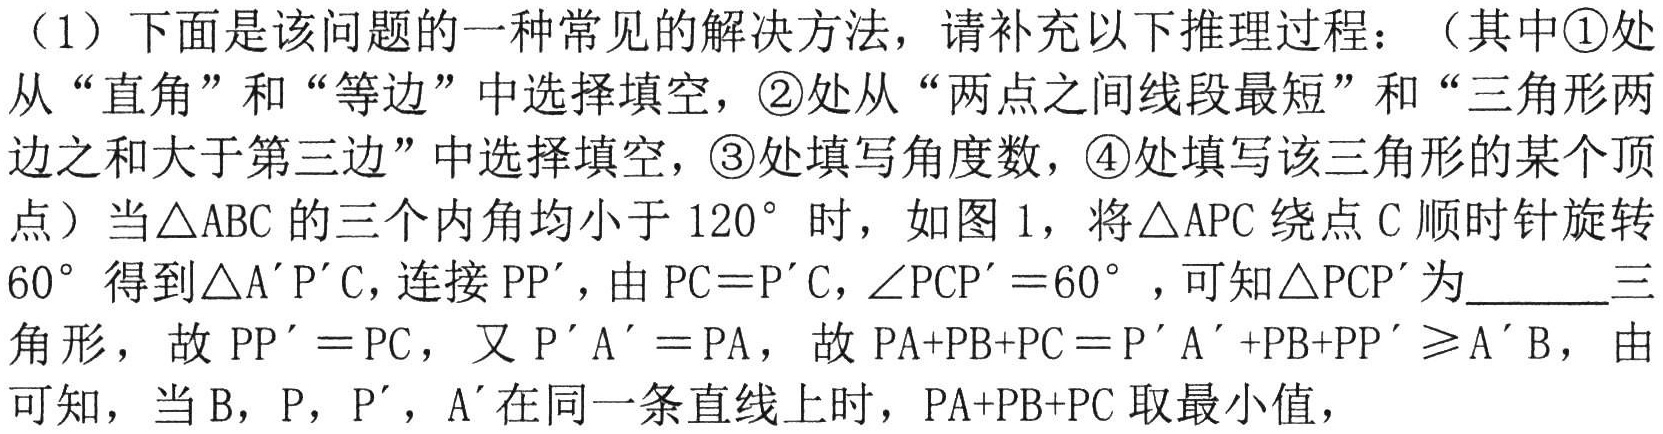
（1）下面是该问题的一种常见的解决方法，请补充以下推理过程：（其中\textcircled{1}处从“直角”和“等边”中选择填空，\textcircled{2}处从“两点之间线段最短”和“三角形两边之和大于第三边”中选择填空，\textcircled{3}处填写角度数，\textcircled{4}处填写该三角形的某个顶点）当\(\triangle ABC\)的三个内角均小于\(120^{\circ}\)时，如图1，将\(\triangle APC\)绕点\(C\)顺时针旋转\(60^{\circ}\)得到\(\triangle A'P'C\)，连接\(PP'\)，由\(PC = P'C\)，\(\angle PCP' = 60^{\circ}\)，可知\(\triangle PCP'\)为  三 角形，故\(PP' = PC\)，又\(P'A' = PA\)，故\(PA + PB + PC = P'A' + PB + PP'\geqslant A'B\)，由 可知，当\(B\)，\(P\)，\(P'\)，\(A'\)在同一条直线上时，\(PA + PB + PC\)取最小值，